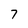
Character: 7